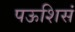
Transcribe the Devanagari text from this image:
पऊशिसं